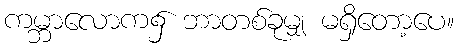
ကမ္ဘာလောက၌ ဘာတစ်ခုမျှ မရှိတော့ပေ။